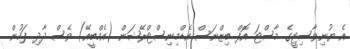
އެ ޔުނިވާސިޓީގެ މާސްޓަ އޮފް ބިޒްނަސް އެޑްމިނިސްޓްރޭޝަން (އެމްބީއޭ) ވެސް ދާދި ފަހުން